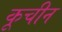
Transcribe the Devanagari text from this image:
कूचीन